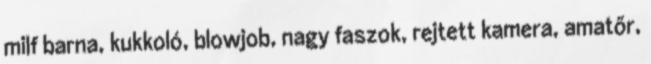
milf barna, kukkoló, blowjob, nagy faszok, rejtett kamera, amatőr,